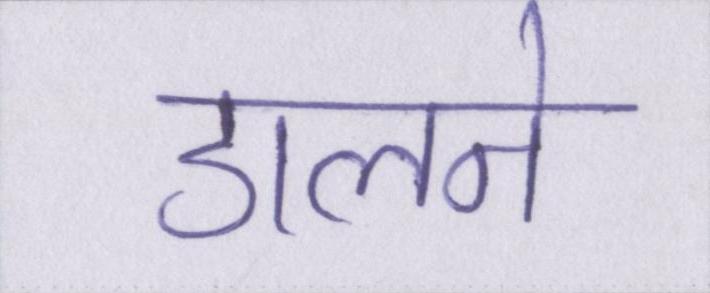
डालने